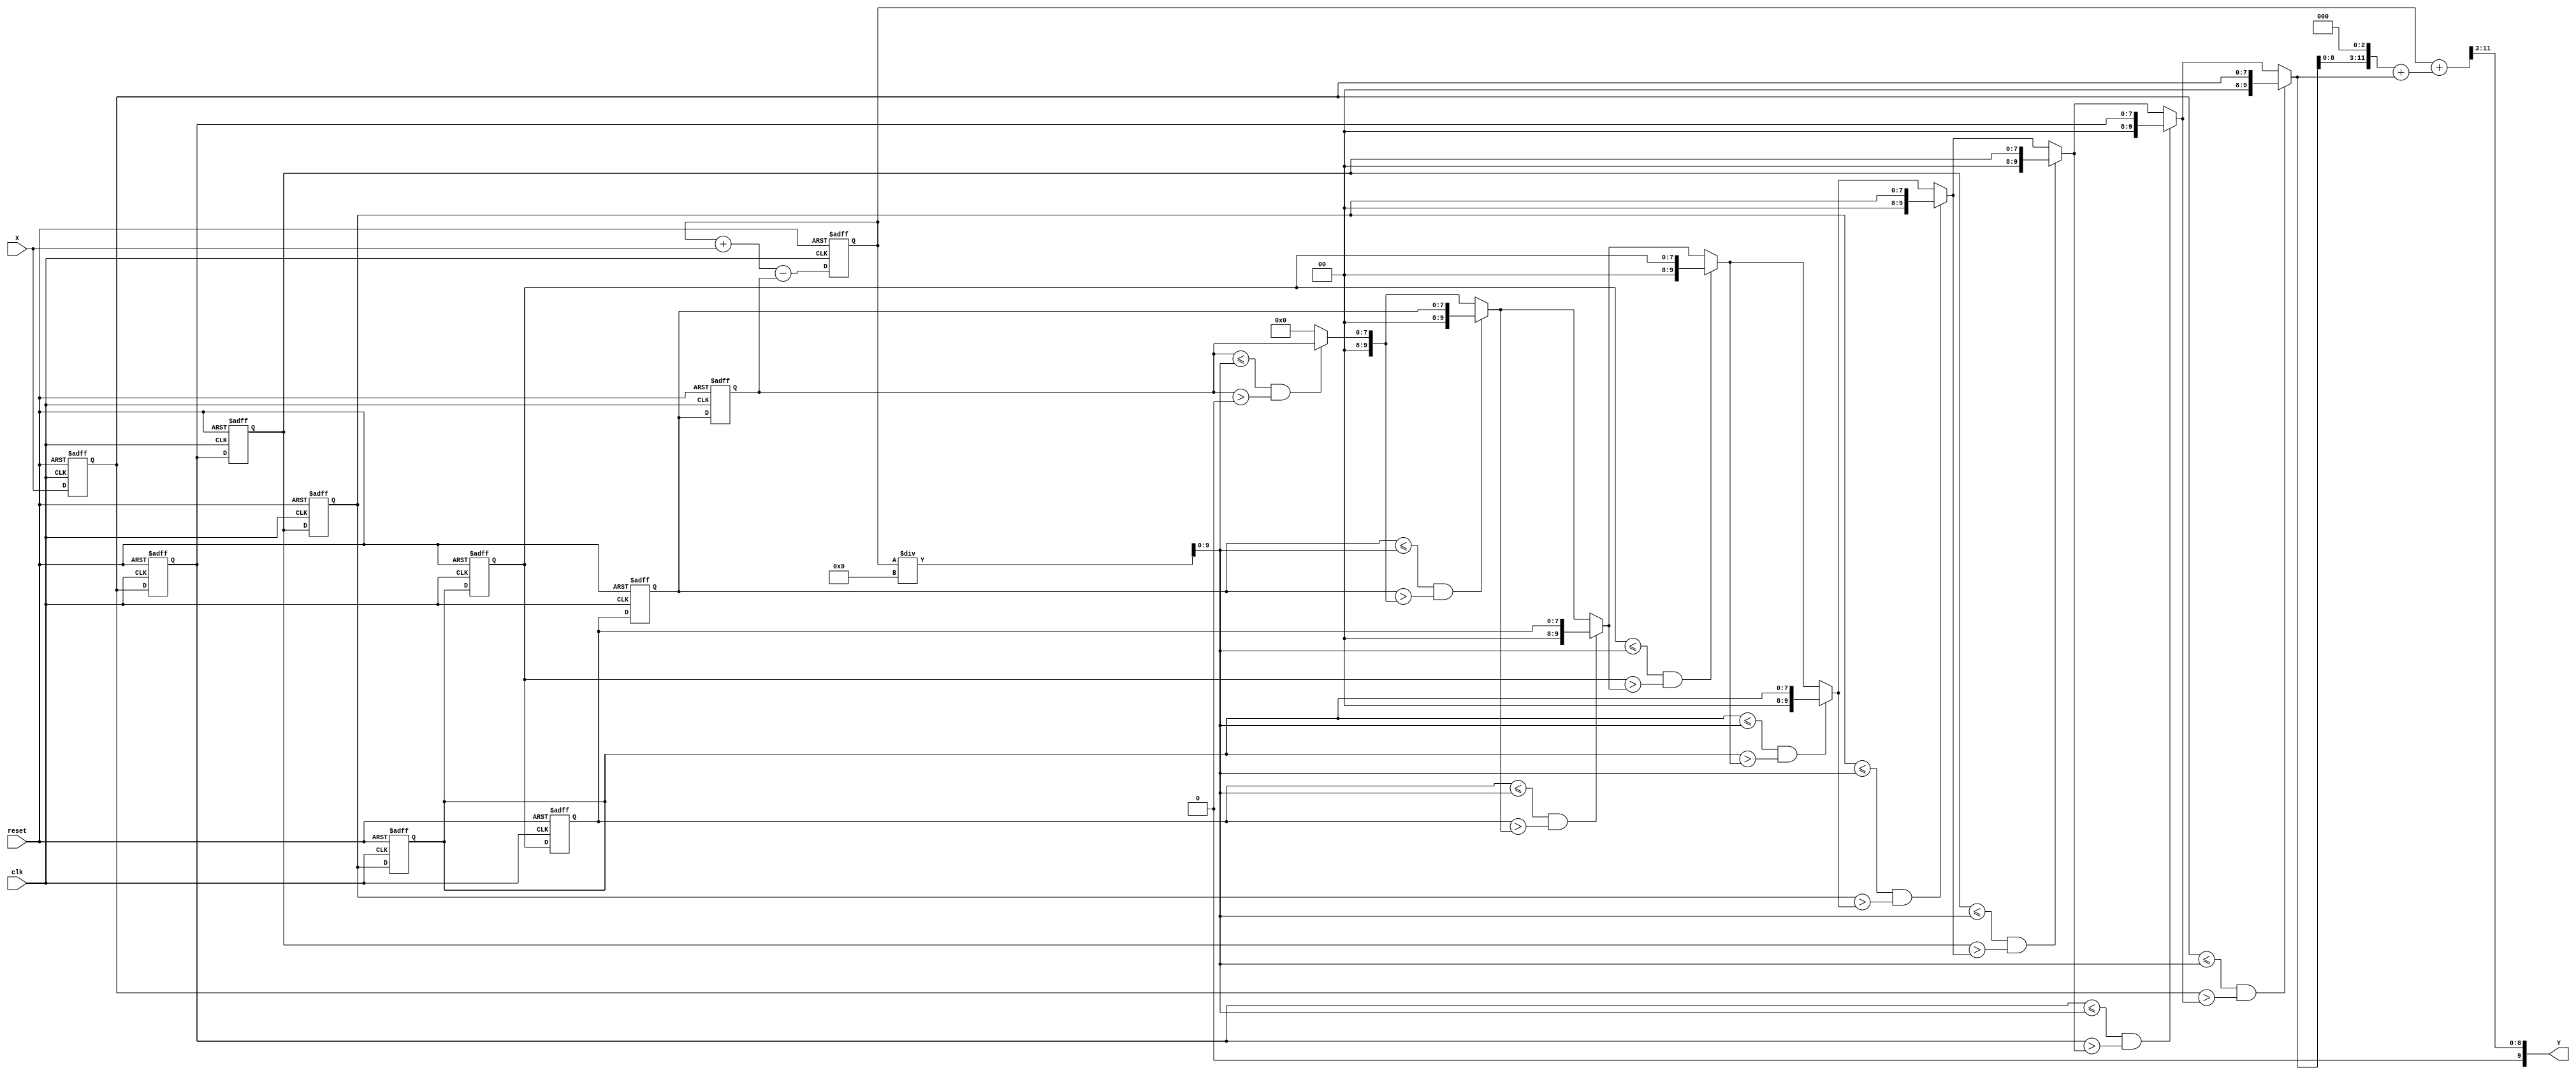
module CS(Y, X, reset, clk);

input  clk, reset; 
input  [7:0] X;
output reg [9:0] Y;

reg [7:0] XS [0:8];
reg [9:0] X_appr;
reg [11:0] Sum;
wire [9:0] X_avg;

integer i, k, z, e;

// Count Sum of 9 numbers from XS
always @(posedge clk or posedge reset) begin
    if(reset) begin
        Sum <= 0;
        for (z = 0; z < 9 ; z = z + 1 )  
            XS[z] <= 0;
    end
    else begin
        /* update XS and X_avg using the concept of "Sliding Window" */
        
        // Left Shifting each index creating space for new input
        for(i = 1; i <= 8; i = i + 1) XS[i-1] <= XS[i]; 
        // Add new input into XS
        XS[8] <= X;
        // update Sum
        Sum <= Sum + X - XS[0];
    end
end

 // update X_avg
assign  X_avg =  Sum / 9;

// Count Appr
always @(*) begin
    X_appr = 0; 
    // if X_avg equals to one of the XS, then X_appr <= X_avg
    for(k = 0; k < 9; k = k + 1) begin 
        if( (XS[k] <= X_avg) && (XS[k] > X_appr) ) 
            X_appr = XS[k];
    end
end

// Determine Output Y
assign Y = ( Sum + ( (X_appr << 3) + X_appr ) ) >> 3;

endmodule